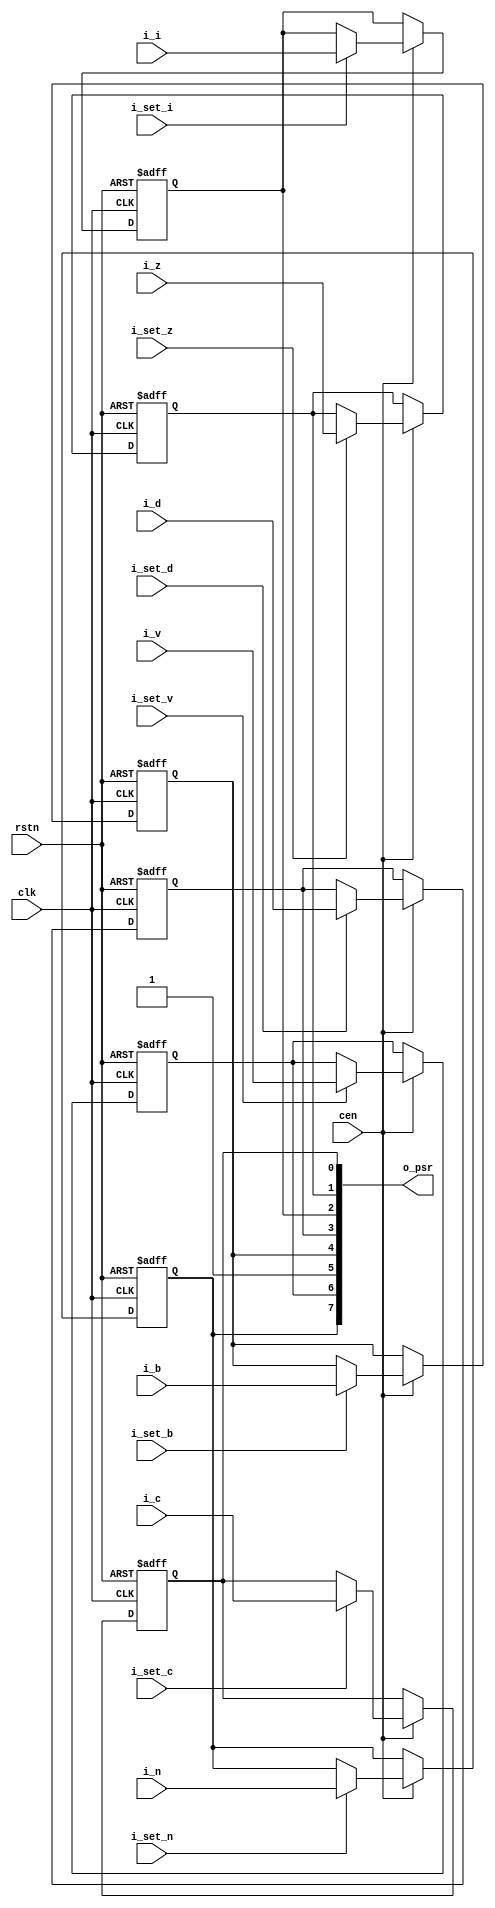
// This program was cloned from: https://github.com/atrac17/Toaplan2
// License: GNU General Public License v3.0

// Copyright (c) 2014 Takashi Toyoshima <toyoshim@gmail.com>.
// All rights reserved.  Use of this source code is governed by a BSD-style
// license that can be found in the LICENSE file.

module MC6502ProcessorStatusRegister(
    clk,
    cen,
    rstn,
    i_c,
    i_set_c,
    i_i,
    i_set_i,
    i_v,
    i_set_v,
    i_d,
    i_set_d,
    i_n,
    i_set_n,
    i_z,
    i_set_z,
    i_b,
    i_set_b,
    o_psr);

  input        clk;
  input        cen;
  input        rstn;
  input        i_c;
  input        i_set_c;
  input        i_i;
  input        i_set_i;
  input        i_v;
  input        i_set_v;
  input        i_d;
  input        i_set_d;
  input        i_n;
  input        i_set_n;
  input        i_z;
  input        i_set_z;
  input        i_b;
  input        i_set_b;
  output [7:0] o_psr;

  reg          r_n;
  reg          r_v;
  reg          r_b;
  reg          r_d;
  reg          r_i;
  reg          r_z;
  reg          r_c;

  assign o_psr = { r_n, r_v, 1'b1, r_b, r_d, r_i, r_z, r_c };

  always @ (posedge clk or negedge rstn) begin
    if (!rstn) begin
      r_n <= 1'b0;
      r_v <= 1'b0;
      r_b <= 1'b0;
      r_d <= 1'b0;
      r_i <= 1'b0;
      r_z <= 1'b0;
      r_c <= 1'b0;
    end else if(cen) begin
      if (i_set_c) begin
        r_c <= i_c;
      end
      if (i_set_i) begin
        r_i <= i_i;
      end
      if (i_set_v) begin
        r_v <= i_v;
      end
      if (i_set_d) begin
        r_d <= i_d;
      end
      if (i_set_n) begin
        r_n <= i_n;
      end
      if (i_set_z) begin
        r_z <= i_z;
      end
      if (i_set_b) begin
        r_b <= i_b;
      end
    end
  end
endmodule  // MC6502ProcessorStatusRegister